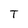
Character: T